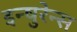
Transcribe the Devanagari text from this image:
इन्षुरेन्स